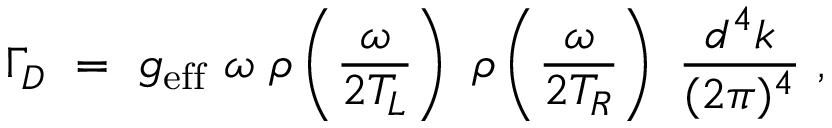
\Gamma _ { D } ~ = ~ g _ { \mathrm { e f f } } ~ \omega ~ \rho \left( \frac { \omega } { 2 T _ { L } } \right) ~ \rho \left( \frac { \omega } { 2 T _ { R } } \right) ~ \frac { d ^ { 4 } k } { ( 2 \pi ) ^ { 4 } } ~ ,